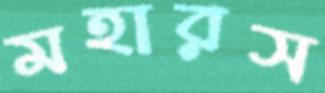
মহারস